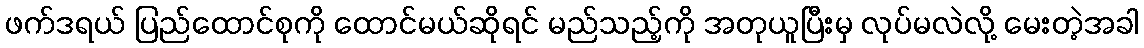
ဖက်ဒရယ် ပြည်ထောင်စုကို ထောင်မယ်ဆိုရင် မည်သည့်ကို အတုယူပြီးမှ လုပ်မလဲလို့ မေးတဲ့အခါ